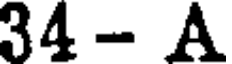
34 - A